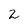
Character: 2